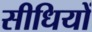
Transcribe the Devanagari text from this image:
सीधियों